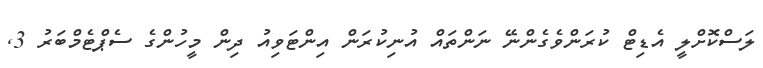
ލަސްކޮށްލީ އެޑިޓް ކުރަންވެގެންނޭ ނަންތައް އުނިކުރަން އިންޓަވިއު ދިން މީހުންގެ ސެޕްޓެމްބަރު 3